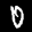
Label: 0